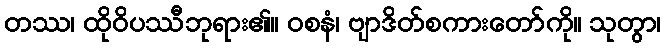
တဿ၊ ထိုဝိပဿီဘုရား၏။ ဝစနံ၊ ဗျာဒိတ်စကားတော်ကို။ သုတွာ၊